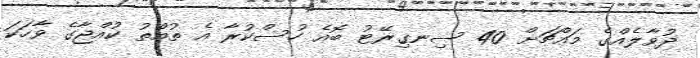
ދުވާލެއްގެ މައްޗަށް 40 ސިނގިރޭޓު ބޮއެ ހުސްކުރާ އެ ތުއްތު ކުއްޖާގެ ވާހަކަ